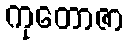
ကုတောဇာ